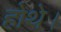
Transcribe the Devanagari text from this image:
होथे।